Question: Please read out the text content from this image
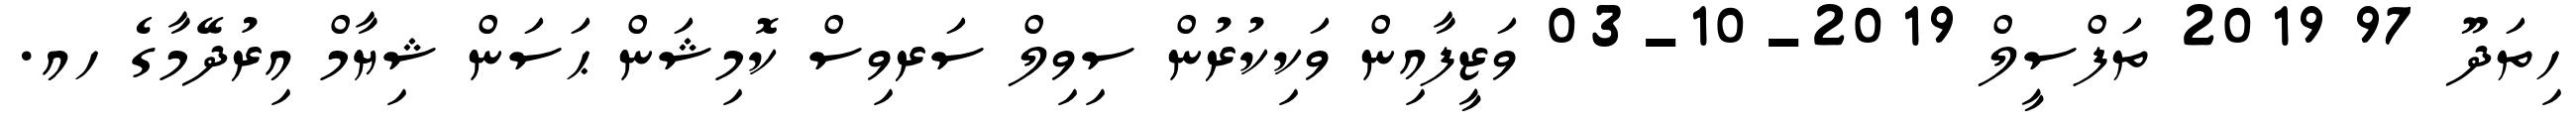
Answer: ހިތަދޫ 97 2019 ތަފްސީލް 2019-10-03 ވަޒީފާއިން ވަކިކުރުން ސިވިލް ސަރވިސް ކޮމިޝަން ޙަސަން ޝިޔާމް އިރުދޭމާގެ ހއ.